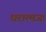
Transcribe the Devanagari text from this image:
धरात्मजः